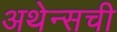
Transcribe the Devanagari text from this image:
अथेन्सची